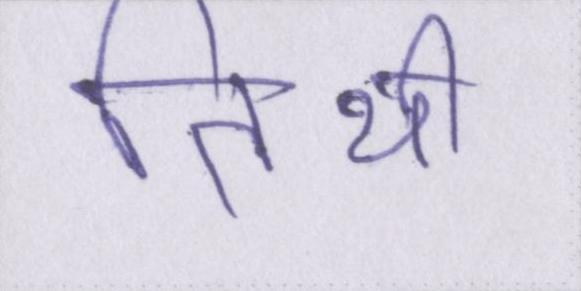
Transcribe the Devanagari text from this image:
तिथी